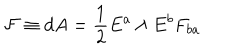
LaTeX: { \cal F } \equiv d A = { \frac { 1 } { 2 } } E ^ { a } \wedge E ^ { b } F _ { b a }